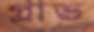
গ্লাভ